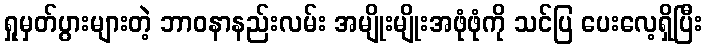
ရှုမှတ်ပွားများတဲ့ ဘာဝနာနည်းလမ်း အမျိုးမျိုးအဖုံဖုံကို သင်ပြ ပေးလေ့ရှိပြီး